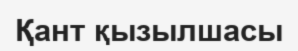
Қант қызылшасы